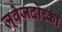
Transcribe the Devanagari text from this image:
ज़्वेजदोच्का